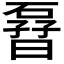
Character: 𱴬